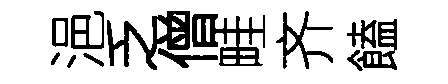
浥乏僧畦齐饁